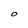
Character: O